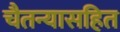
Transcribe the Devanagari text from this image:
चैतन्यासहित